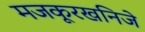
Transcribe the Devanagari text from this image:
मजकूरखनिजे